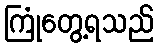
ကြုံတွေ့ရသည်